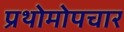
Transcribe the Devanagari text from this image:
प्रथोमोपचार